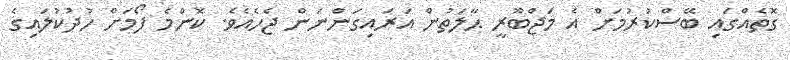
ގޮތެއްގައި ބޭސްކުރުމަށް އެ މަޖްބޫރީ ޙާލަތުން އަރައިގަންނަން ޖެހެއެވެ. ކޮންމެ ފޯމަށް ހުދުކުލައިގެ